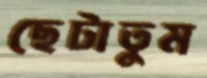
ছেটাতুম